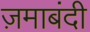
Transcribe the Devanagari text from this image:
ज़माबंदी